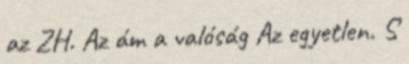
az ZH. Az ám a valóság Az egyetlen. S